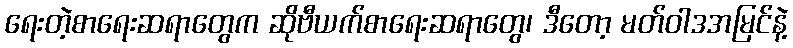
ရေးတဲ့စာရေးဆရာတွေက ဆိုဗီယက်စာရေးဆရာတွေ၊ ဒီတော့ မတ်ဝါဒအမြင်နဲ့